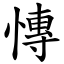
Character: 慱